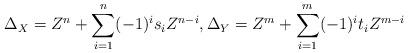
LaTeX: \begin{align*}\Delta_X = Z^n + \sum_{i=1}^n (-1)^i s_i Z^{n-i},\Delta_Y = Z^m + \sum_{i=1}^m (-1)^i t_i Z^{m-i}\end{align*}